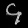
Digit: ၄